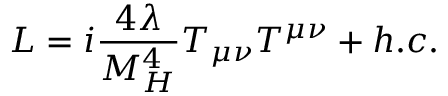
{ \cal L } = i { \frac { 4 \lambda } { M _ { H } ^ { 4 } } } T _ { \mu \nu } T ^ { \mu \nu } + h . c .